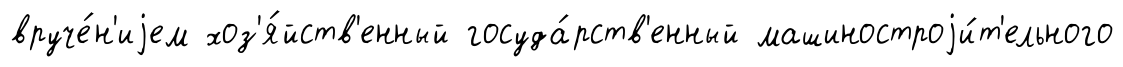
вруче́н'иjем хоз'я́йств'енный госуда́рств'енный машиностроjи́т'ельного